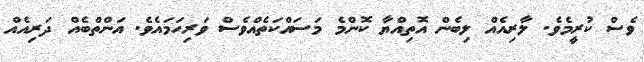
ވެސް ކުރީމެވެ. ލާރިއެއް ލިބެން އޮތިއްޔާ ކޮންމެ މަސައްކަތެއްވެސް ވަރިހަމައެވެ. އަންތްބެއް ދަރިއެއް